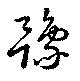
豫